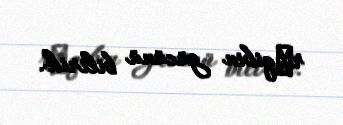
rәqibin gücünü bilirik.